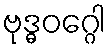
ဗုဒ္ဓဝဂ္ဂေါ